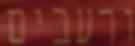
ורעבים